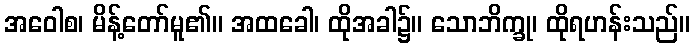
အဝေါစ၊ မိန့်တော်မူ၏။ အထခေါ၊ ထိုအခါ၌။ သောဘိက္ခု၊ ထိုရဟန်းသည်။